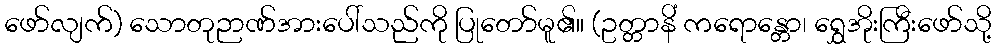
ဖော်လျက်) သောတုဉာဏ်အားပေါ်သည်ကို ပြုတော်မူ၏။ (ဥတ္တာနိံ ကရောန္တော၊ ရွှေအိုးကြီးဖော်သို့